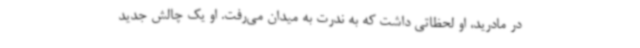
در مادرید، او لحظاتی داشت که به ندرت به میدان می‌رفت. او یک چالش جدید